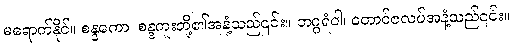
မရောက်နိုင်။ စန္ဒကော၊ စန္ဒကူးတို့၏အနံ့သည်၎င်း။ ဘဂ္ဂရံဝါ၊ တောင်ဇလပ်အနံ့သည်၎င်း။